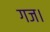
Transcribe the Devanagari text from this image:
गज।